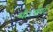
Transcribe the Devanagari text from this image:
थी।रॉबर्ट